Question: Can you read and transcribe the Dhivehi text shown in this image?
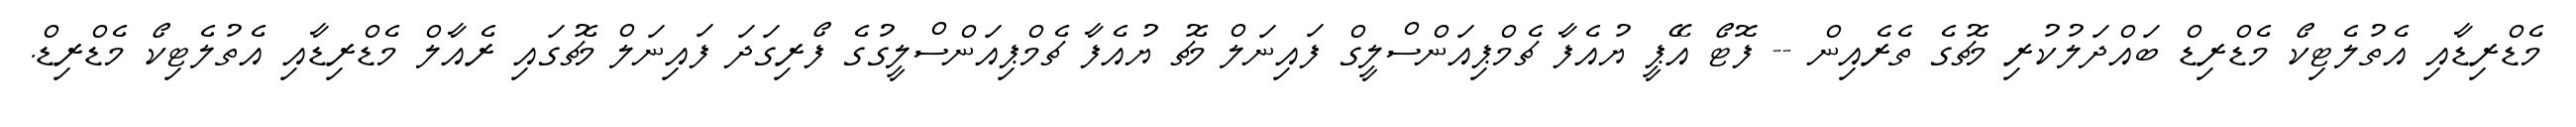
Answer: މެޑްރިޑާއި އެތުލެޓިކޯ މެޑްރިޑް ބައްދަލުކުރި މެޗުގެ ތެރެއިން -- ފޮޓޯ އޭޕީ ޔުއެފާ ޗެމްޕިއަންސްލީގް ފައިނަލް މެޗު ޔުއެފާ ޗެމްޕިއަންސްލީގުގެ ފޯރިގަދަ ފައިނަލް މެޗުގައި ރެއާލް މެޑްރިޑާއި އެތުލެޓިކޯ މެޑްރިޑް.